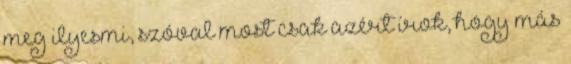
meg ilyesmi, szóval most csak azért írok, hogy más